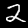
Digit: 2